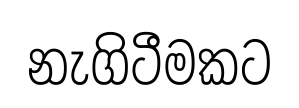
නැගිටීමකට